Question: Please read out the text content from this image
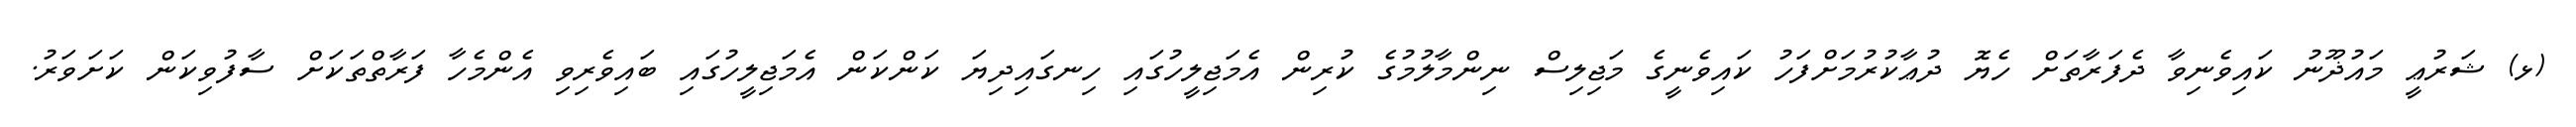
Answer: (ޅ) ޝަރުޢީ މައުޛޫނު ކައިވެނިވާ ދެފަރާތަށް ހެޔޮ ދުޢާކުރުމަށްފަހު ކައިވެނީގެ މަޖިލިސް ނިންމާލުމުގެ ކުރިން އެމަޖިލީހުގައި ހިނގައިދިޔަ ކަންކަން އެމަޖިލީހުގައި ބައިވެރިވި އެންމެހާ ފަރާތްތަކަށް ސާފުވިކަން ކަށަވަރު.